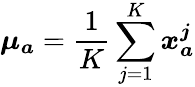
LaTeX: \boldsymbol{\mu_{a}}=\frac{1}{K}\sum_{j=1}^{K}\boldsymbol{x_{a}^{j}}